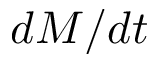
d M / d t